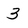
Character: 3